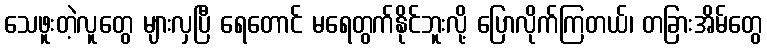
သေဖူးတဲ့လူတွေ များလှပြီ ရေတောင် မရေတွက်နိုင်ဘူးလို့ ပြောလိုက်ကြတယ်၊ တခြားအိမ်တွေ